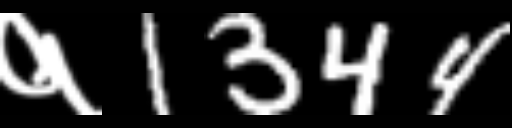
Text: १1344